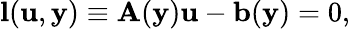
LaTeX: \mathbf{l}(\mathbf{u},\mathbf{y})\equiv\mathbf{A}(\mathbf{y})\mathbf{u}-\mathbf{b}(\mathbf{y})=0,